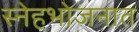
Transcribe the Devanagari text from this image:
स्नेहभोजनात